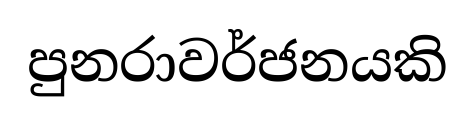
පුනරාවර්ජනයකි